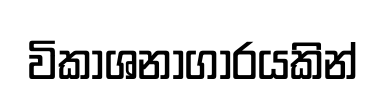
විකාශනාගාරයකින්